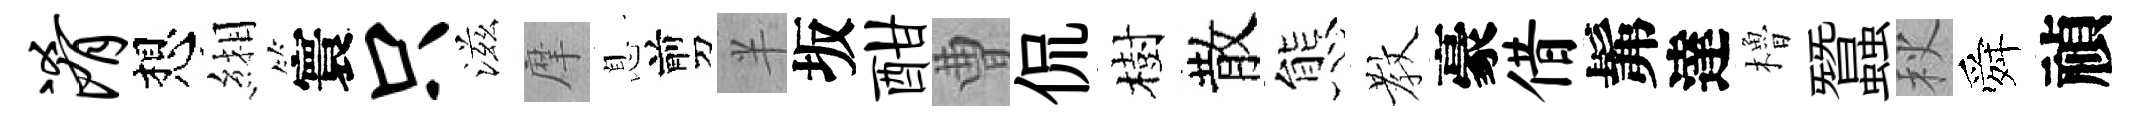
淆想緗寰只滋摩息剪半坂酣曹侃樹散態教豪借髴達櫓蠶秋舜禎